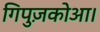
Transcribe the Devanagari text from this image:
गिपुज़कोआ।